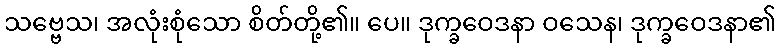
သဗ္ဗေသ၊ အလုံးစုံသော စိတ်တို့၏။ ပေ။ ဒုက္ခဝေဒနာ ဝသေန၊ ဒုက္ခဝေဒနာ၏